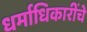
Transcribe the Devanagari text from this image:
धर्माधिकारींचे